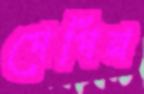
পেপিন